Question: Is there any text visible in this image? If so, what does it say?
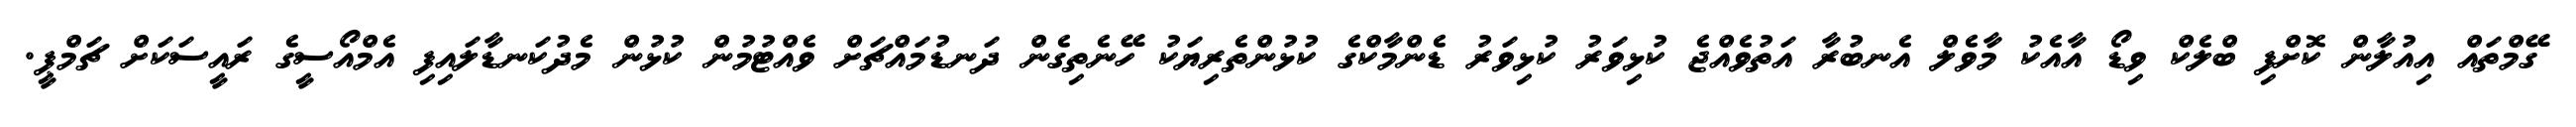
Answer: ގޭމްތައް އިއުލާން ކޮށްފި ބްލެކް ވިޑޯ އާއެކު މާވެލް އެނބުރާ އަތުވެއްޖެ ކުޅިވަރު ކުޅިވަރު ޑެންމާކްގެ ކުޅުންތެރިޔަކު ހޭނެތިގެން ދަނޑުމައްޗަށް ވެއްޓުމުން ކުޅުން މެދުކަނޑާލައިފި އެމްއޯސީގެ ރައީސަކަށް ޗަމްޕީ.